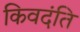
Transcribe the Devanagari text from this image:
किवदंति